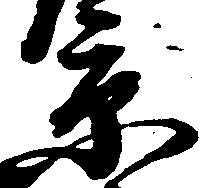
京